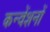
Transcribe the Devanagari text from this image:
कन्वेंशनों